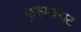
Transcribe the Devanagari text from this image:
कुरुम्बनाट